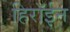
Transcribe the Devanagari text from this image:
हिरॉईन